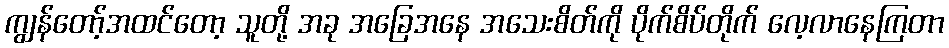
ကျွန်တော့်အထင်တော့ သူတို့ အခု အခြေအနေ အသေးစိတ်ကို ပိုက်စိပ်တိုက် လေ့လာနေကြတာ